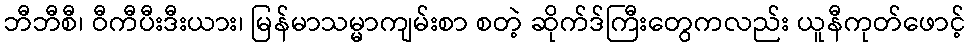
ဘီဘီစီ၊ ဝီကီပီးဒီးယား၊ မြန်မာသမ္မာကျမ်းစာ စတဲ့ ဆိုက်ဒ်ကြီးတွေကလည်း ယူနီကုတ်ဖောင့်